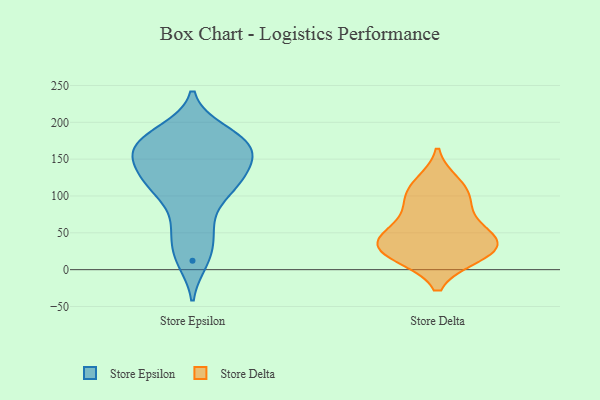
{"axis": {"x": "Humidity (%)", "y": "Value"}, "legend": ["Store Delta", "Store Epsilon"], "data": [{"x": "", "y": 172, "type": "Store Epsilon"}, {"x": "", "y": 183, "type": "Store Epsilon"}, {"x": "", "y": 109, "type": "Store Epsilon"}, {"x": "", "y": 168, "type": "Store Epsilon"}, {"x": "", "y": 55, "type": "Store Epsilon"}, {"x": "", "y": 135, "type": "Store Epsilon"}, {"x": "", "y": 116, "type": "Store Epsilon"}, {"x": "", "y": 163, "type": "Store Epsilon"}, {"x": "", "y": 109, "type": "Store Epsilon"}, {"x": "", "y": 21, "type": "Store Epsilon"}, {"x": "", "y": 57, "type": "Store Epsilon"}, {"x": "", "y": 172, "type": "Store Epsilon"}, {"x": "", "y": 188, "type": "Store Epsilon"}, {"x": "", "y": 147, "type": "Store Epsilon"}, {"x": "", "y": 12, "type": "Store Epsilon"}, {"x": "", "y": 156, "type": "Store Epsilon"}, {"x": "", "y": 107, "type": "Store Epsilon"}, {"x": "", "y": 138, "type": "Store Epsilon"}, {"x": "", "y": 33, "type": "Store Delta"}, {"x": "", "y": 18, "type": "Store Delta"}, {"x": "", "y": 118, "type": "Store Delta"}, {"x": "", "y": 54, "type": "Store Delta"}, {"x": "", "y": 23, "type": "Store Delta"}, {"x": "", "y": 86, "type": "Store Delta"}, {"x": "", "y": 33, "type": "Store Delta"}, {"x": "", "y": 18, "type": "Store Delta"}, {"x": "", "y": 45, "type": "Store Delta"}, {"x": "", "y": 92, "type": "Store Delta"}, {"x": "", "y": 49, "type": "Store Delta"}, {"x": "", "y": 110, "type": "Store Delta"}]}